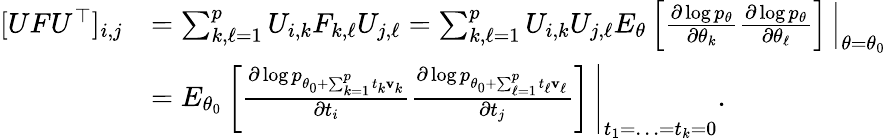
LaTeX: \begin{array}{rl}{[UFU^{\top}]_{i,j}}&{=\sum_{k,\ell=1}^{p}U_{i,k}F_{k,\ell}U_{j,\ell}=\sum_{k,\ell=1}^{p}U_{i,k}U_{j,\ell}E_{\theta}\left[\frac{\partial\log p_{\theta}}{\partial\theta_{k}}\frac{\partial\log p_{\theta}}{\partial\theta_{\ell}}\right]\, \Big|_{\theta=\theta_{0}}}\\ &{=E_{\theta_{0}}\left[\frac{\partial\log p_{\theta_{0}+\sum_{k=1}^{p}t_{k}{\mathbf v}_{k}}}{\partial t_{i}}\frac{\partial\log p_{\theta_{0}+\sum_{\ell=1}^{p}t_{\ell}{\mathbf v}_{\ell}}}{\partial t_{j}}\right]\, \Bigg|_{t_{1}=\ldots=t_{k}=0}.}\end{array}